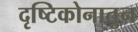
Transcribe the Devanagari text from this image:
दृष्टिकोनातुन